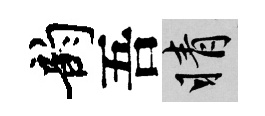
韵吾睛